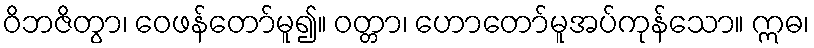
ဝိဘဇိတွာ၊ ဝေဖန်တော်မူ၍။ ဝတ္တာ၊ ဟောတော်မူအပ်ကုန်သော။ ဣဓ၊